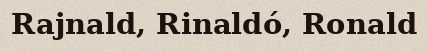
Rajnald, Rinaldó, Ronald